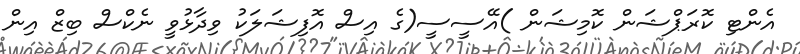
އެންޓި ކޮރަޕްޝަން ކޮމިޝަން )އޭސީސީ(ގެ އިސް އޮފިޝަލަކު ވިދާޅުވީ ނެކްސް ބިޒް އިން